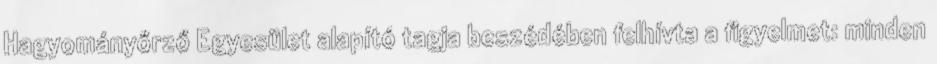
Hagyományőrző Egyesület alapító tagja beszédében felhívta a figyelmet: minden